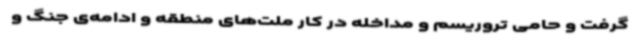
گرفت و حامی تروریسم و مداخله در کار ملت‌های منطقه و ادامه‌ی جنگ و